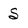
Character: S